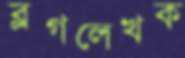
ব্লগলেখক